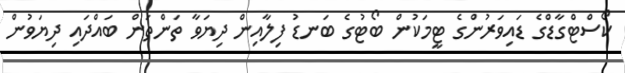
ކޯސްޓްގާޑްގެ ޑައިވަރުންގެ ޓީމަކުން ބޯޓުގެ ބަނޑު ފިލާއިން ދިޔަވާ ތަންތަން ބައްދައި ދިޔަވުން